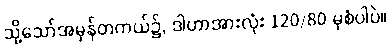
သို့သော်အမှန်တကယ်၌, ဒါဟာအားလုံး 120/80 မှစံပါပဲ။